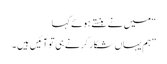
“ میں نے ہنستے ہوئے کہا
”ہم یہاں شکار کرنے ہی تو آئیں ہیں ۔